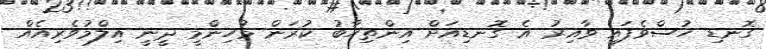
ގޮނޑި ހުސްވެފައި ވާއިރު އެ ގޮނޑިއަށް އިންތިހާބު ކުރަން މުހިންމީ ދީނީ އިލްމުވެރިއެއް